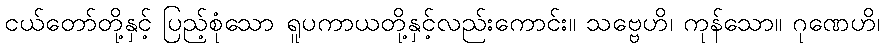
ငယ်တော်တို့နှင့် ပြည့်စုံသော ရူပကာယတို့နှင့်လည်းကောင်း။ သဗ္ဗေဟိ၊ ကုန်သော။ ဂုဏေဟိ၊